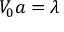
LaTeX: V _ { 0 } a = \lambda